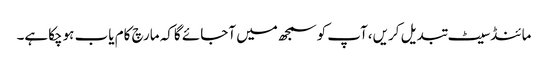
مائنڈسیٹ تبدیل کریں،آپ کوسمجھ میں آجائے گاکہ مارچ کام یاب ہوچکاہے۔